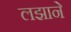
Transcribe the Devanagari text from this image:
लझाने